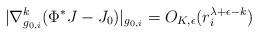
LaTeX: \begin{align*}|\nabla^{k}_{g_{0,i}}(\Phi^{*}J-J_{0})|_{g_{0,i}}=O_{K,\epsilon}(r_{i}^{\lambda+\epsilon-k})\;\,\end{align*}